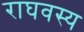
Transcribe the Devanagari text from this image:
राघवस्य